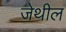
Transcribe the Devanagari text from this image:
जेथील